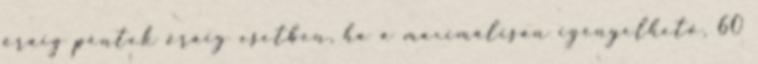
óráig péntek óráig esetben, ha a maximálisan igényelhető, 60